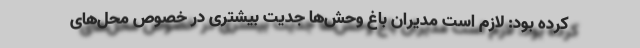
کرده بود: لازم است مدیران باغ وحش‌ها جدیت بیشتری در خصوص محل‌های